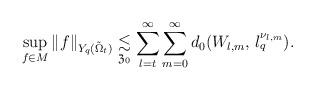
LaTeX: \begin{align*} \sup _{f\in M} \|f\|_{Y_q (\tilde \Omega _t)} \underset{\mathfrak{Z}_0}{\lesssim} \sum \limits _{l=t}^\infty\sum \limits_{m=0}^\infty d_0(W_{l,m}, \, l_q^{\nu_{l,m}}).\end{align*}